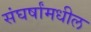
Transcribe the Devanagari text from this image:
संघर्षांमधील